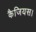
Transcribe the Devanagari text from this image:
कैजियस।